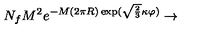
N _ { f } M ^ { 2 } e ^ { - M ( 2 \pi R ) \exp ( \sqrt { \frac 2 3 } \kappa \varphi ) } \rightarrow